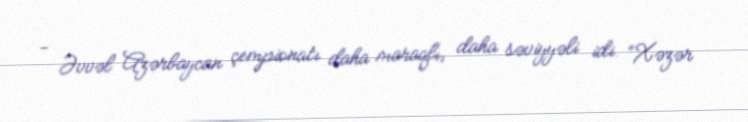
- Əvvəl Azərbaycan çempionatı daha maraqlı, daha səviyyəli idi. “Xəzər